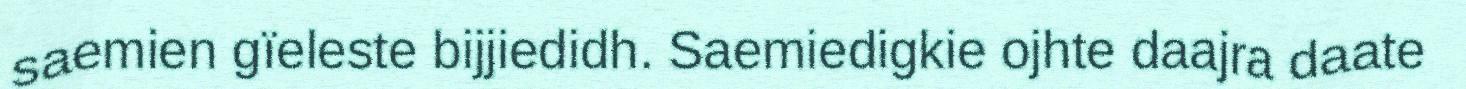
saemien gïeleste bijjiedidh. Saemiedigkie ojhte daajra daate